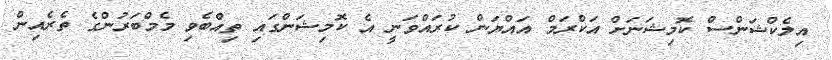
އިލެކްޝަންސް ކޮމިޝަނަށް އަކްރަމް އައްޔަން ކުރައްވަނީ އެ ކޮމިޝަންގައި ތިއްބެވި މެމްބަރުންގެ ތެރެއިން